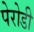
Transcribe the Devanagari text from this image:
पेरोडी